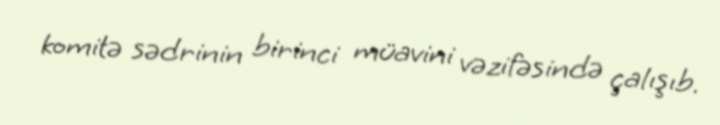
komitə sədrinin birinci müavini vəzifəsində çalışıb.